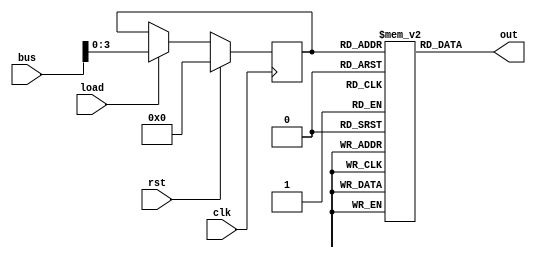
`default_nettype none
`timescale 1ns/1ps
module memory(
    input 	clk,
    input 	rst,
    input 	load,
    input[7:0] 	bus,
    output[7:0] out
    );

    reg[3:0] mar;
    reg[7:0] rom[0:15];
    
    
    initial begin
    
    	rom[0] = 8'h0D;
    	rom[1] = 8'h1E;
    	rom[2] = 8'h2F;
    	rom[3] = 8'hF0;
    	rom[4] = 8'h00;
    	rom[5] = 8'h00;
    	rom[6] = 8'h00;
    	rom[7] = 8'h00;
    	rom[8] = 8'h00;
    	rom[9] = 8'h00;
    	rom[10] = 8'h00;
    	rom[11] = 8'h00;
    	rom[12] = 8'h00;
    	rom[13] = 8'h03;
    	rom[14] = 8'h04;
    	rom[15] = 8'h02;
    
    end
    
    always @(posedge clk) begin
    	if (rst) begin
    	    mar <= 4'b0;
    	end else if (load) begin
    	    mar <= bus[3:0];
    	end
    end
    
    assign out = rom[mar];

endmodule